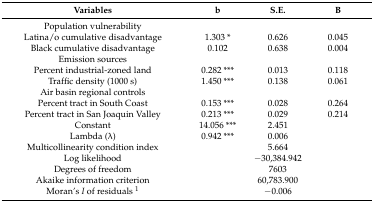
| Variables | b | S.E. | B |
 | --- | --- | --- | --- |
 | Population vulnerability |  |  |  |
 | Latina/o cumulative disadvantage | 1.303 * | 0.626 | 0.045 |
 | Black cumulative disadvantage | 0.102 | 0.638 | 0.004 |
 | Emission sources |  |  |  |
 | Percent industrial-zoned land | 0.282 *** | 0.013 | 0.118 |
 | Traffic density (1000 s) | 1.450 *** | 0.138 | 0.061 |
 | Air basin regional controls |  |  |  |
 | Percent tract in South Coast | 0.153 *** | 0.028 | 0.264 |
 | Percent tract in San Joaquin Valley | 0.213 *** | 0.029 | 0.214 |
 | Constant | 14.056 *** | 2.451 |  |
 | Lambda (λ) | 0.942 *** | 0.006 |  |
 | Multicollinearity condition index | <COLSPAN=3> 5.664 |
 | Log likelihood | <COLSPAN=3> −30,384.942 |
 | Degrees of freedom | <COLSPAN=3> 7603 |
 | Akaike information criterion | <COLSPAN=3> 60,783.900 |
 | Moran’s I of residuals 1 | <COLSPAN=3> −0.006 |